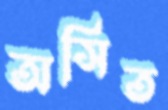
অসিত